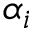
\alpha _ { i }